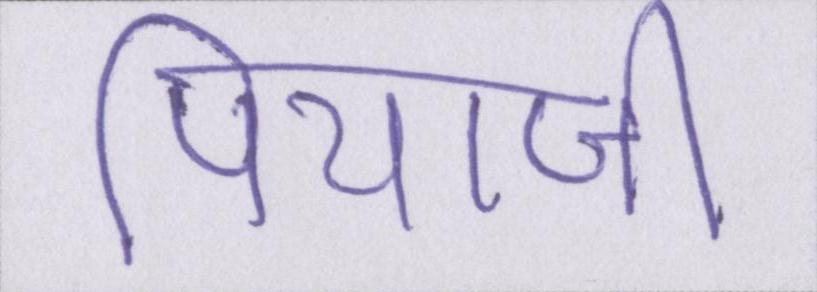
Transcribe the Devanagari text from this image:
पियाजी